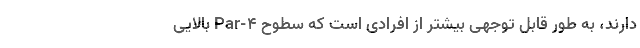
دارند، به‌ طور قابل‌ توجهی بیشتر از افرادی است که سطوح Par-۴ بالایی